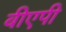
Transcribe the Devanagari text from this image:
बीएपी